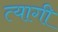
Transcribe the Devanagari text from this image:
त्‍यागी